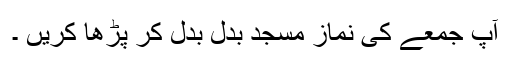
آپ جمعے کی نماز مسجد بدل بدل کر پڑھا کریں ۔